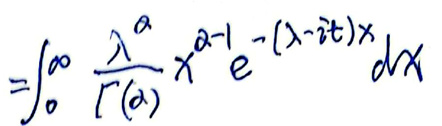
\[
=\int_{0}^{\infty} \frac{\lambda^{\alpha}}{\Gamma(\alpha)} x^{\alpha - 1} e^{-(\lambda - it)x} dx
\]